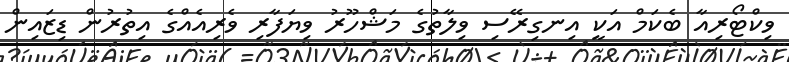
ވިކްޓޯރިއާ ބެކަމް އަކީ އިނގިރޭސި ވިލާތުގެ މަޝްހޫރު ވިޔަފާރި ވެރިއެއްގެ އިތުރުން ޑިޒައިން